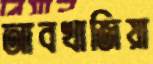
আবখাজিয়া